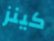
كينز